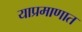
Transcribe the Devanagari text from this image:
याप्रमाणात